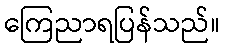
ကြေညာရပြန်သည်။